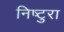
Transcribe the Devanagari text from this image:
निष्टुरा